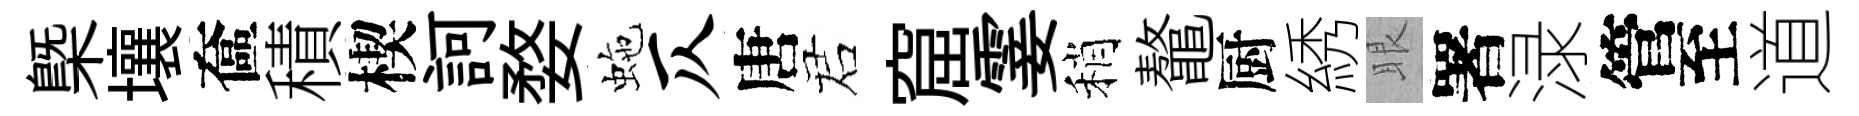
槩壤奩積楔訶婺虵仄唐诺窟霎稍鼇厨綉眼署渌管至道